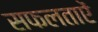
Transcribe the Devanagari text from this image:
सफलताऐं